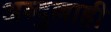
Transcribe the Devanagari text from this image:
अब्दुल्लाही